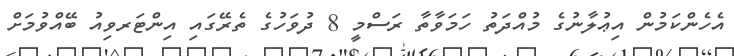
އެހެންކަމުން އިޢުލާނުގެ މުއްދަތު ހަމަވާތާ ރަސްމީ 8 ދުވަހުގެ ތެރޭގައި އިންޓަރވިއު ބޭއްވުމަށް